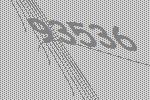
93536